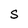
Character: S